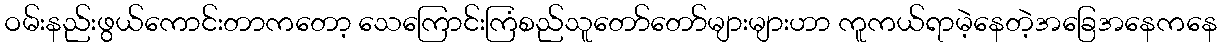
ဝမ်းနည်းဖွယ်ကောင်းတာကတော့ သေကြောင်းကြံစည်သူတော်တော်များများဟာ ကူကယ်ရာမဲ့နေတဲ့အခြေအနေကနေ